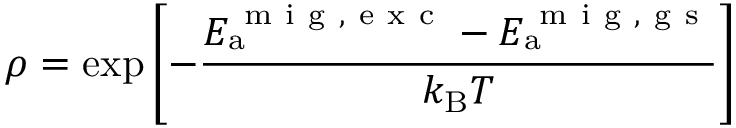
\displaystyle \rho = \exp \left[ - \frac { E _ { \mathrm { a } } ^ { \mathrm { ~ m ~ i ~ g ~ , ~ e ~ x ~ c ~ } } - E _ { \mathrm { a } } ^ { \mathrm { ~ m ~ i ~ g ~ , ~ g ~ s ~ } } } { k _ { \mathrm { B } } T } \right]